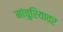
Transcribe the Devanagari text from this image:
मांचुरियावर